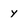
Character: y